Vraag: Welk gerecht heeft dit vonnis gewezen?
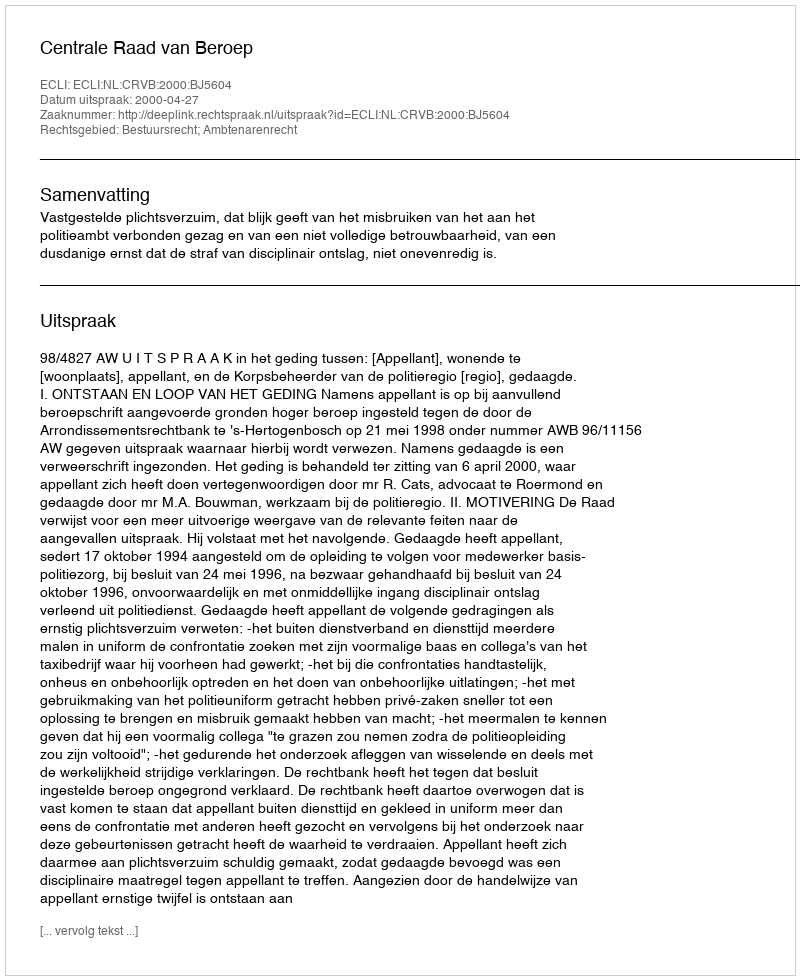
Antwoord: Centrale Raad van Beroep